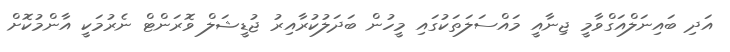
އަދި ބައިނަލްއަގްވާމީ ޖިނާއީ މައްސަލަތަކުގައި މީހުން ބަދަލުކުރާއިރު ޖުޑީޝަލް ވޮރަންޓް ނެރުމަކީ އާންމުކޮށް